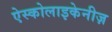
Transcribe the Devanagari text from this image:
ऐस्कोलाइकेनीज़